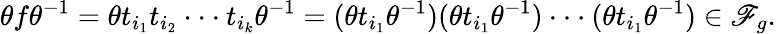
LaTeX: \theta f\theta^{-1}=\theta t_{i_{1}}t_{i_{2}}\cdot\cdot\cdot t_{i_{k}}\theta^{-1}=(\theta t_{i_{1}}\theta^{-1})(\theta t_{i_{1}}\theta^{-1})\cdot\cdot\cdot(\theta t_{i_{1}}\theta^{-1})\in\mathscr{F}_{g}.